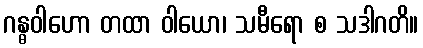
ဂန္ဓဝါဟော တထာ ဝါယော၊ သမီရော စ သဒါဂတိ။